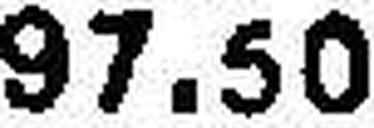
97.50